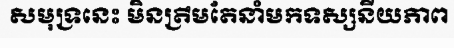
សមុទ្រនេះ មិនត្រឹមតែនាំមកទស្សនីយភាព